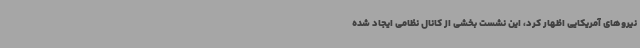
نیروهای آمریکایی اظهار کرد، این نشست بخشی از کانال نظامی ایجاد شده